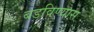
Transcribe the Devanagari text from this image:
बडविण्यास